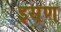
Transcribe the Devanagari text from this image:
इसण